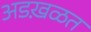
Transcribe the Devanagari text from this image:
अडख़ळत